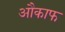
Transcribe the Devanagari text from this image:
औकाफ